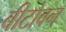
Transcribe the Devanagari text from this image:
बीटोवन